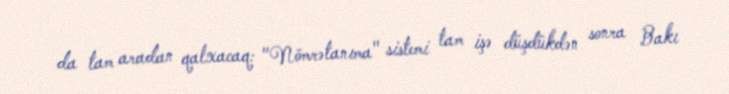
da tam aradan qalxacaq: "Nömrətanıma" sistemi tam işə düşdükdən sonra Bakı